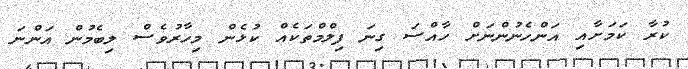
ކުރާ ކަމަށާއި އަންހެނުންނަށް ހާއްސަ ގިނަ ފިލްމްތަކެއް ކުޅެން މިހާރުވެސް ލިބެމުން އަންނަ